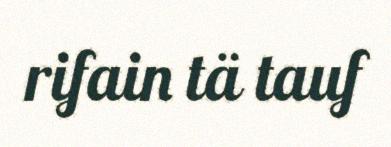
rifain tä tauf